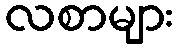
လစာများ